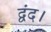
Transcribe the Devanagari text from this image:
द्वंद।